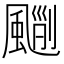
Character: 𩘃